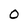
Character: 0